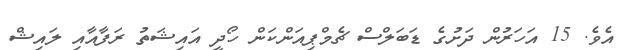
އެވެ. 15 އަހަރުން ދަށުގެ ޑަބަލްސް ޗެމްޕިއަންކަން ހޯދީ އައިޝަތު ރަފާއާއި ލައިޝް